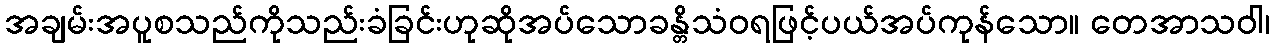
အချမ်းအပူစသည်ကိုသည်းခံခြင်းဟုဆိုအပ်သောခန္တိသံဝရဖြင့်ပယ်အပ်ကုန်သော။ တေအာသဝါ၊